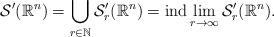
LaTeX: \begin{align*}\mathcal{S}'(\mathbb{R}^{n})=\bigcup_{r\in\mathbb{N}}\mathcal{S}'_{r}(\mathbb{R}^{n})=\operatorname*{ind}\lim_{r\to\infty}\mathcal{S}'_{r}(\mathbb{R}^{n}).\end{align*}